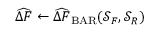
\widehat { \Delta F } \gets \widehat { \Delta F } _ { \mathrm { B A R } } ( \mathcal { S } _ { F } , \mathcal { S } _ { R } )